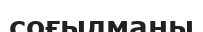
соғылманы